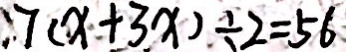
7 ( x + 3 x ) \div 2 = 5 6